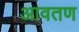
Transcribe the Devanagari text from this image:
आवतण